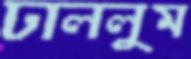
ঢাললুম